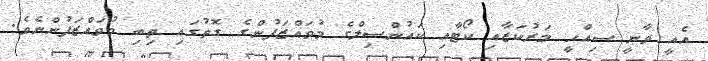
އެއީ ވާނީ ސިއްހީ މަރުކަޒާއި ކޯޓާއި ކައުންސިލްގެ މުވައްޒަފުންގެ ގޮތުގައި ތިބި މުވައްޒަފުންނެވެ.